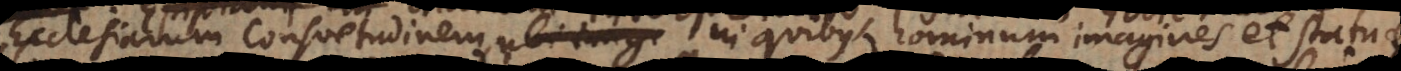
Ecclesiarum consuetudinem, in quibus hominum imagines et statuae